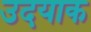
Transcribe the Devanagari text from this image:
उदयाक